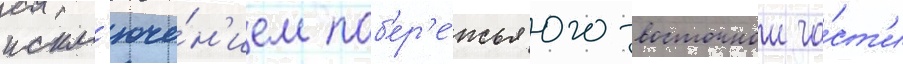
искл'юче́н'ием поб'ер'е́жья юго-восточнои ча́ст'и